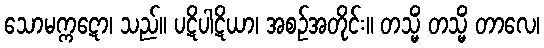
သောမက္ကဋော၊ သည်။ ပဋိပါဋိယာ၊ အစဉ်အတိုင်း။ တသ္မိံ တသ္မိံ တာလေ၊